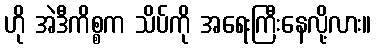
ဟို အဲဒီကိစ္စက သိပ်ကို အရေးကြီးနေလို့လား။